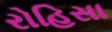
રોહિસા